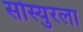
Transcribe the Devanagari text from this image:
सोस्युरला